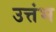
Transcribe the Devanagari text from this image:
उत्तंभ